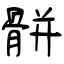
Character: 骿